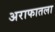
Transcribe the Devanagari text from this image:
अराफातला